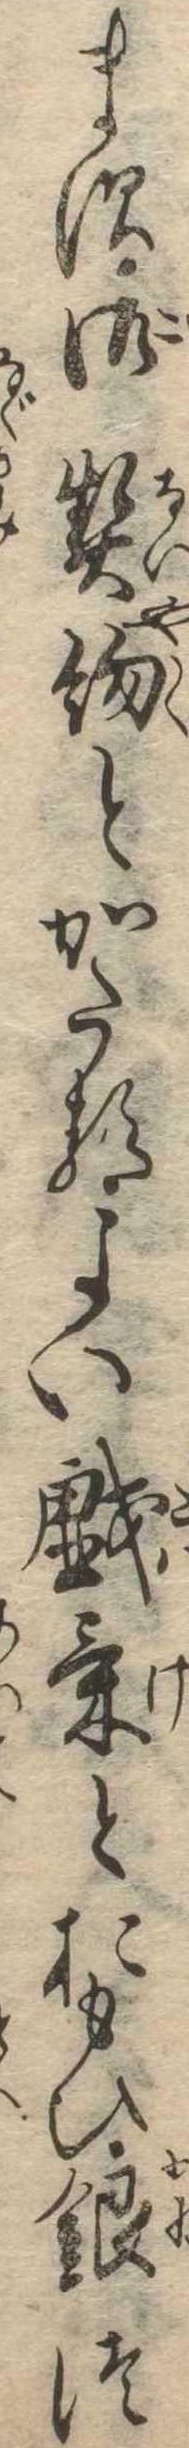
ます御契約とかたるよい戯気とおもひ銀つ